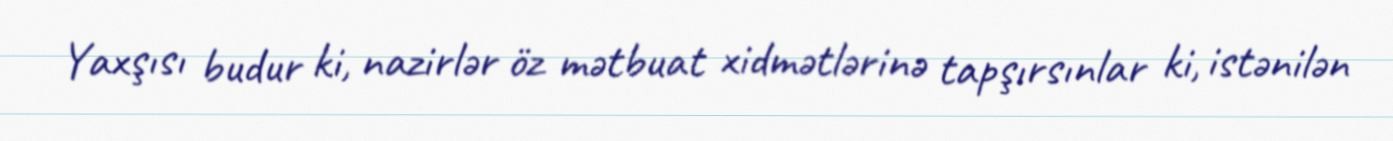
Yaxşısı budur ki, nazirlər öz mətbuat xidmətlərinə tapşırsınlar ki, istənilən